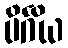
ပိင်္ဂိယ